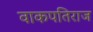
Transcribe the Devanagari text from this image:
वाकपतिराज